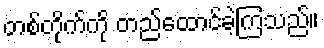
တစ်တိုက်ကို တည်ထောင်ခဲ့ကြသည်။